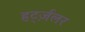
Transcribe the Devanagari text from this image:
हर्ट्ज़लर